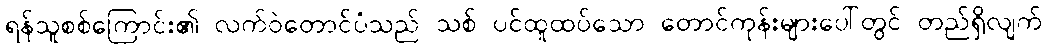
ရန်သူစစ်ကြောင်း၏ လက်ဝဲတောင်ပံသည် သစ် ပင်ထူထပ်သော တောင်ကုန်းများပေါ်တွင် တည်ရှိလျက်